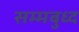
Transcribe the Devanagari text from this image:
सम्मबुध्द